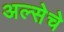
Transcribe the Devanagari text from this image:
अल्सेचे